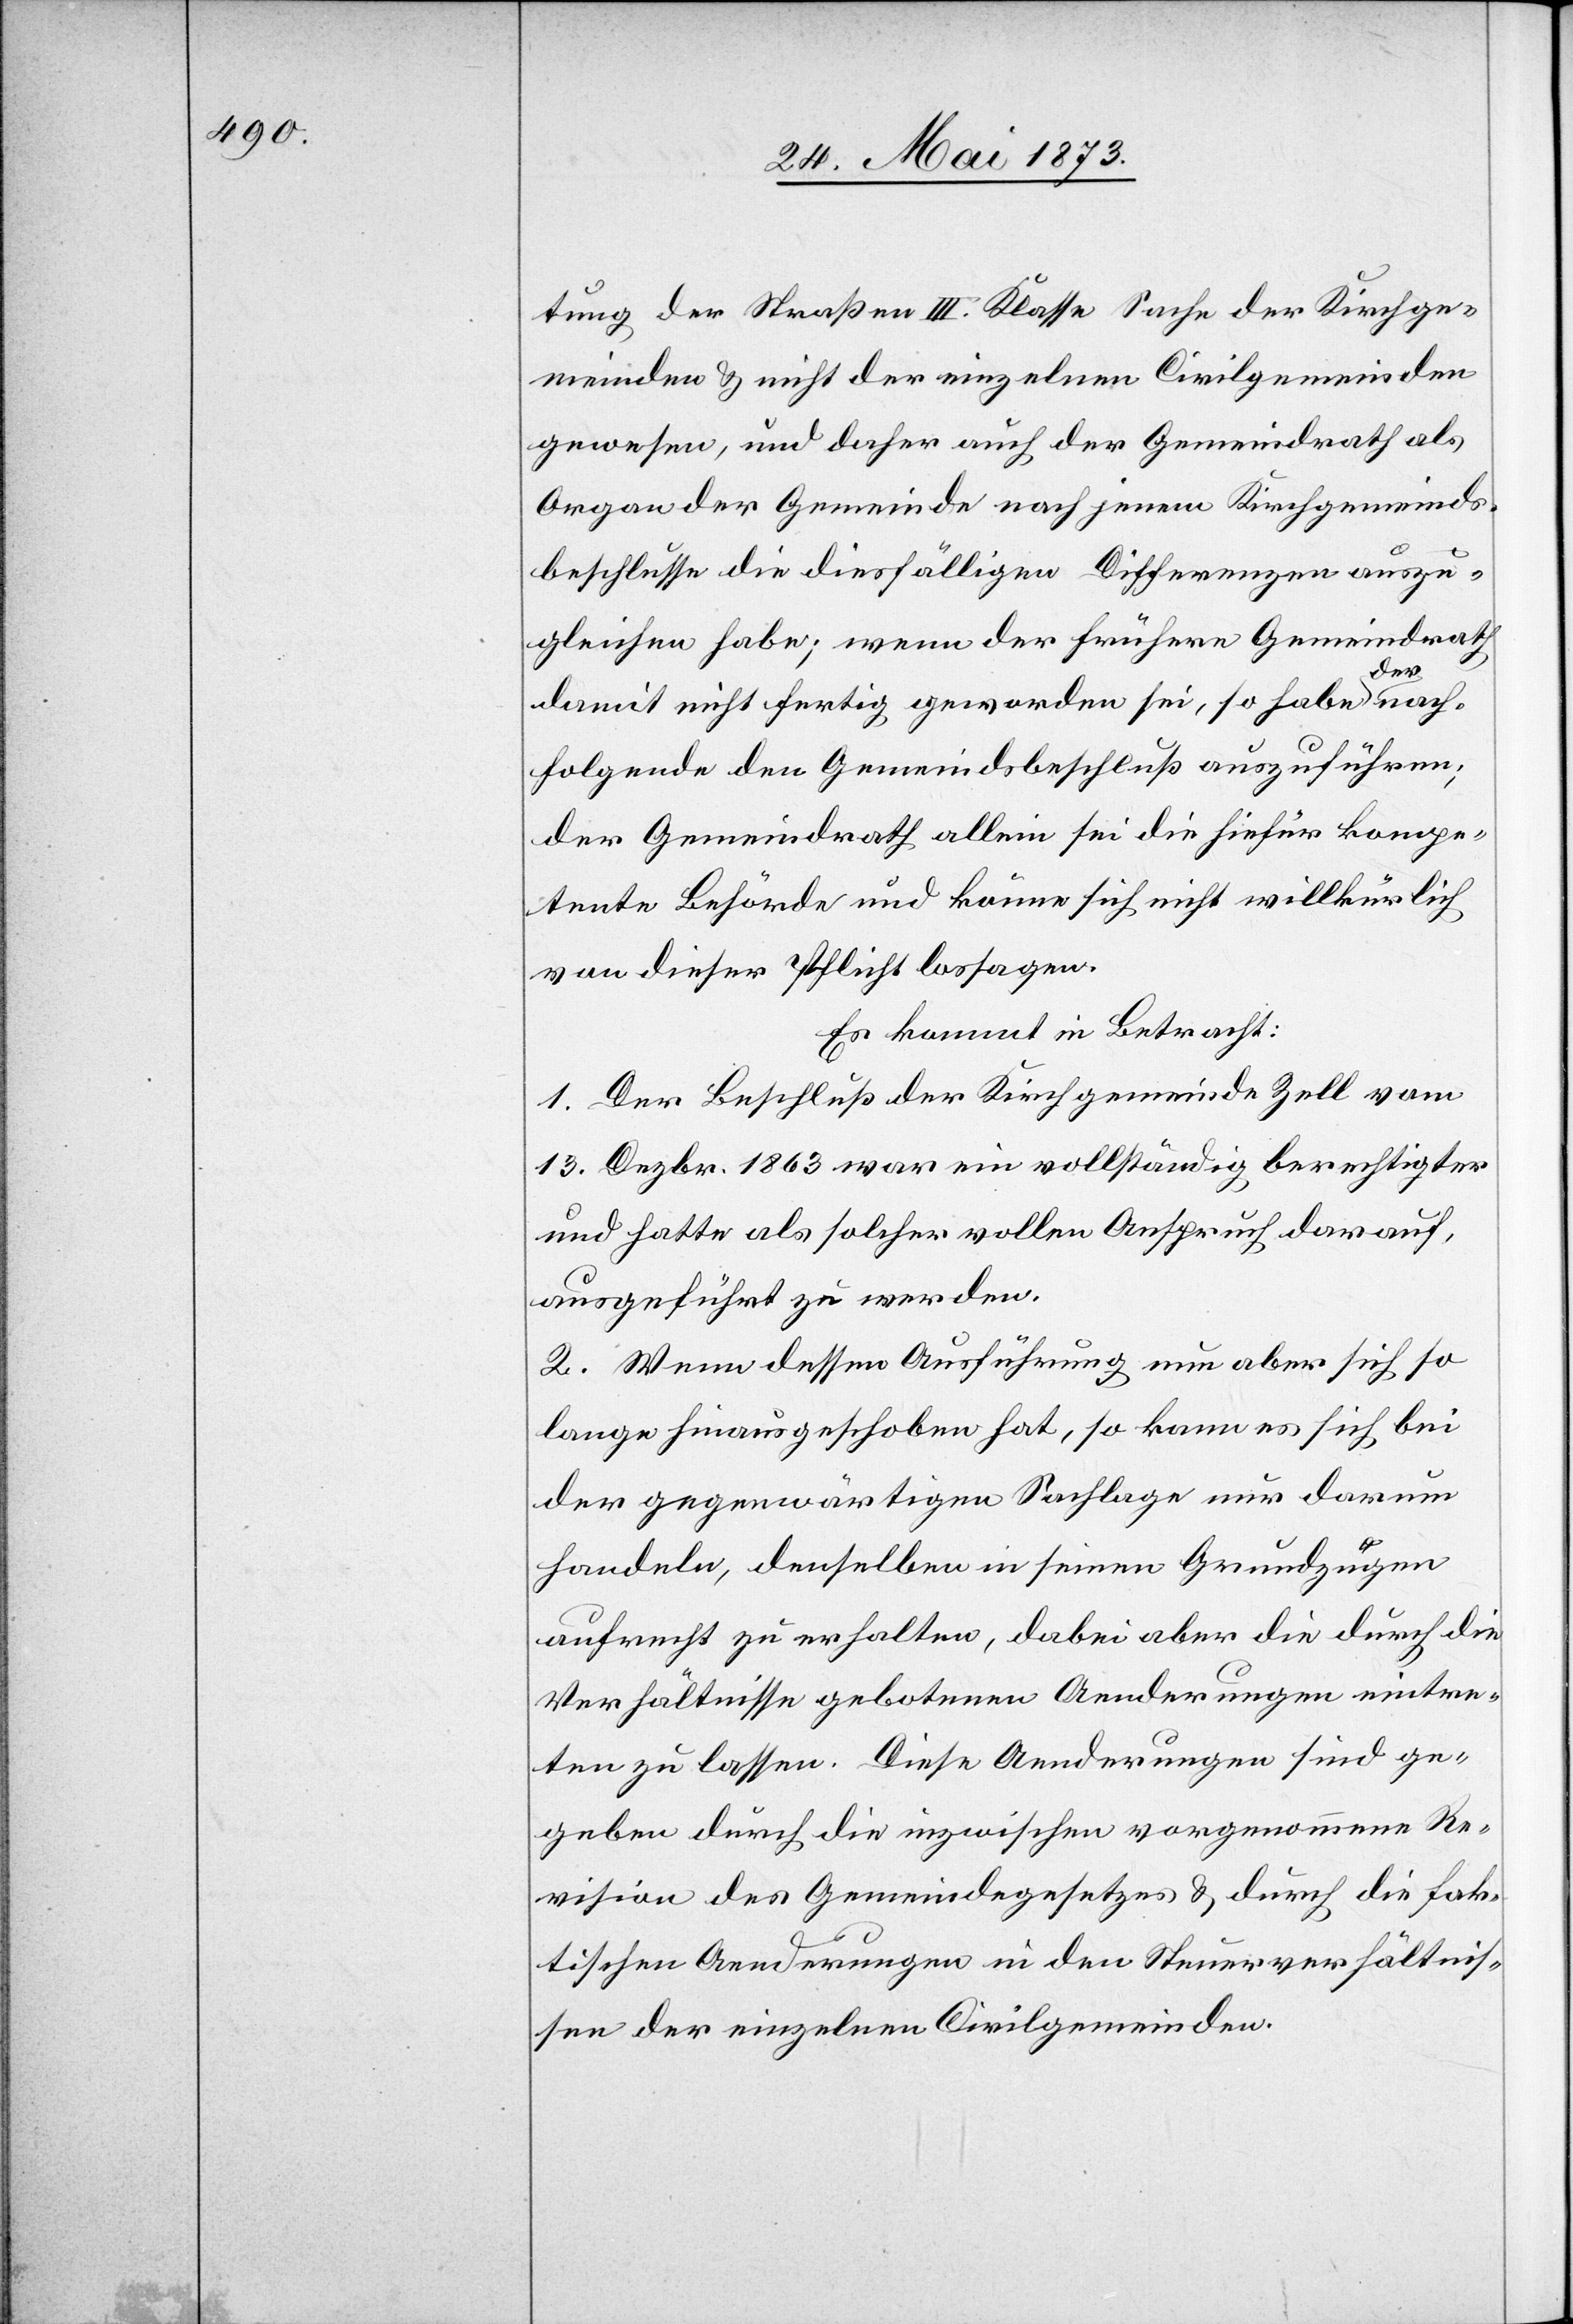
tung der Straßen III. Klasse Sache der Kirchge¬
meinden & nicht der einzelnen Civilgemeinden
gewesen, und daher auch der Gemeindrath als
Organ der Gemeinde nach jenem Kirchgemeinds¬
beschlusse die diesfälligen Differenzen auszu¬
gleichen habe; wenn der frühere Gemeindrath
damit nicht fertige geworden sei, so habe der nach¬
folgende den Gemeindsbeschluß auszuführen;
der Gemeindrath allein sei die hiefür kompe¬
tente Behörde und könne sich nicht willkürlich
von dieser Pflicht lossagen.
Es kommt in Betracht:
1. Der Beschluß der Kirchgemeinde Zell vom
13. Dezbr. 1863 war ein vollständig berechtigter
und hatte als solcher vollen Anspruch darauf,
ausgeführt zu werden.
2. Wenn dessen Ausführung nun aber sich so
lange hinausgeschoben hat, so kann es sich bei
der gegenwärtigen Sachlage nur darum
handeln, denselben in seinen Grundzügen
aufrecht zu erhalten, dabei aber die durch die
Verhältnisse gebotenen Aenderungen eintre¬
ten zu lassen. Diese Aenderungen sind ge¬
geben durch die inzwischen vorgenommene Re¬
vision des Gemeindegesetzes & durch die fak¬
tischen Aenderungen in den Steuerverhältnis¬
sen der einzelnen Civilgemeinden.